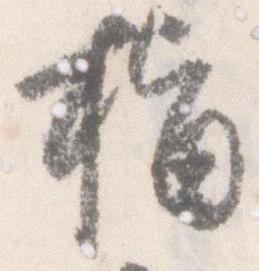
指